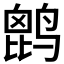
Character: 𪉔